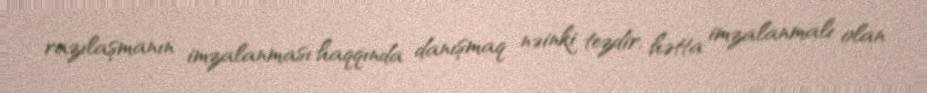
razılaşmanın imzalanması haqqında danışmaq nəinki tezdir, hətta imzalanmalı olan